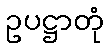
ဥပဋ္ဌာတုံ